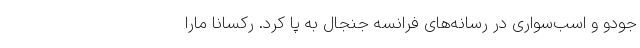
جودو و اسب‌سواری در رسانه‌های فرانسه جنجال به پا کرد. رکسانا مارا